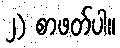
၂) စာဖတ်ပါ။